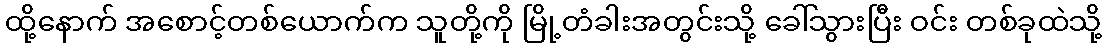
ထို့နောက် အစောင့်တစ်ယောက်က သူတို့ကို မြို့တံခါးအတွင်းသို့ ခေါ်သွားပြီး ဝင်း တစ်ခုထဲသို့